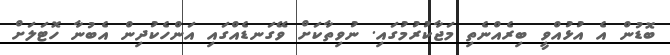
ބޮޑުން އެ އުޅުއްވީ ބިރެއްނެތި މަޖާކުރުމުގައި. ނުވިތާކަށް ވޭގަނޑެއްގައި އަންހެކުދިން އެބުނާ ހޮޓަލަށް